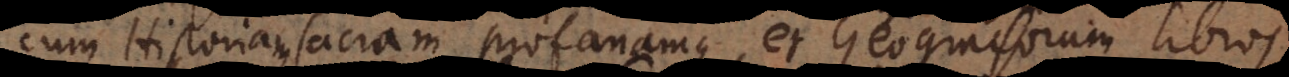
cum Historiam sacram profanamque, et Geographorum libros